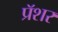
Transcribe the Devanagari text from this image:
प्रॅशर